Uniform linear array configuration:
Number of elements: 12
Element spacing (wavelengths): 1
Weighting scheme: blackman
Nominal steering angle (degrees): -45
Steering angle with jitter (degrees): -45.225
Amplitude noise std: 0.05
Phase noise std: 0.05

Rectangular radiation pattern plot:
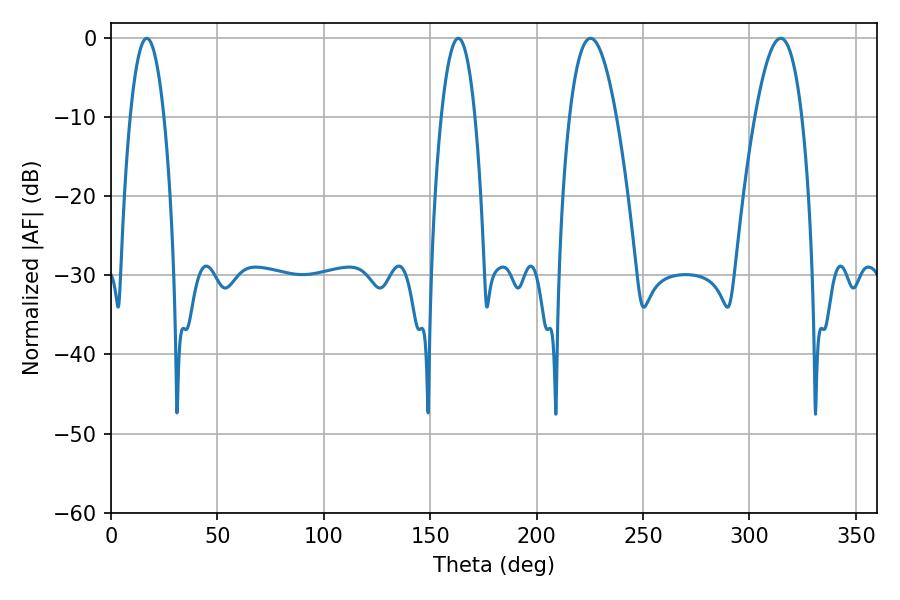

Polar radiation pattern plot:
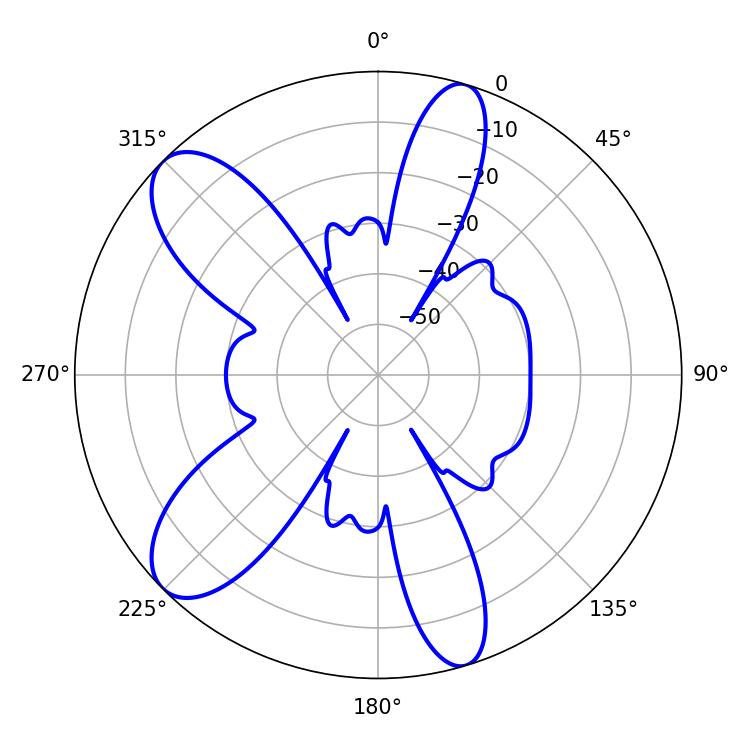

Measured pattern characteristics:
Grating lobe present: TRUE
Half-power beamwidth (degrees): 12.06
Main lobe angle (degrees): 225.36